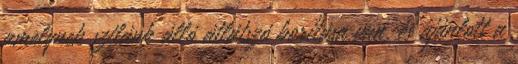
amelynek szilánk álló átlátszó borítása van, és ajánlott a